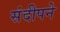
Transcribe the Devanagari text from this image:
संदीपने